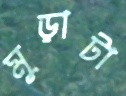
মুড়াটা